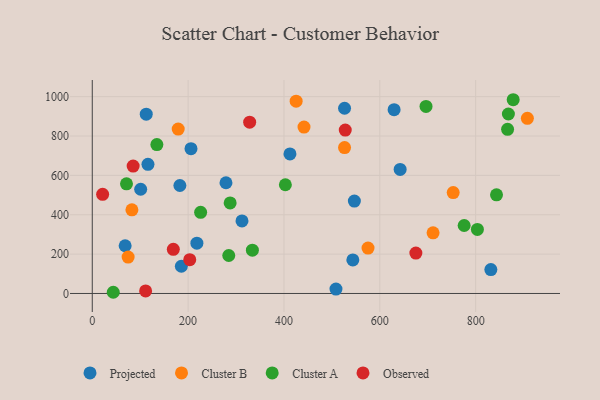
{"axis": {"x": "Study Hours", "y": "Exam Score"}, "legend": ["Cluster A", "Cluster B", "Observed", "Projected"], "data": [{"x": "112.6", "y": 911.0, "type": "Projected"}, {"x": "101.0", "y": 529.6, "type": "Projected"}, {"x": "412.5", "y": 708.8, "type": "Projected"}, {"x": "116.2", "y": 656.0, "type": "Projected"}, {"x": "546.9", "y": 469.6, "type": "Projected"}, {"x": "508.5", "y": 22.4, "type": "Projected"}, {"x": "68.6", "y": 242.4, "type": "Projected"}, {"x": "312.4", "y": 368.4, "type": "Projected"}, {"x": "526.4", "y": 941.0, "type": "Projected"}, {"x": "642.4", "y": 630.1, "type": "Projected"}, {"x": "629.8", "y": 933.9, "type": "Projected"}, {"x": "218.3", "y": 255.6, "type": "Projected"}, {"x": "831.7", "y": 121.5, "type": "Projected"}, {"x": "543.7", "y": 170.4, "type": "Projected"}, {"x": "182.8", "y": 548.6, "type": "Projected"}, {"x": "206.0", "y": 735.5, "type": "Projected"}, {"x": "185.9", "y": 138.4, "type": "Projected"}, {"x": "279.0", "y": 562.4, "type": "Projected"}, {"x": "526.4", "y": 741.0, "type": "Cluster B"}, {"x": "179.3", "y": 835.3, "type": "Cluster B"}, {"x": "907.9", "y": 889.8, "type": "Cluster B"}, {"x": "441.8", "y": 845.4, "type": "Cluster B"}, {"x": "575.4", "y": 230.5, "type": "Cluster B"}, {"x": "425.4", "y": 977.1, "type": "Cluster B"}, {"x": "74.8", "y": 184.8, "type": "Cluster B"}, {"x": "82.7", "y": 425.0, "type": "Cluster B"}, {"x": "711.1", "y": 308.1, "type": "Cluster B"}, {"x": "753.1", "y": 512.4, "type": "Cluster B"}, {"x": "226.1", "y": 412.5, "type": "Cluster A"}, {"x": "71.4", "y": 557.1, "type": "Cluster A"}, {"x": "334.1", "y": 219.9, "type": "Cluster A"}, {"x": "284.8", "y": 192.9, "type": "Cluster A"}, {"x": "868.3", "y": 911.8, "type": "Cluster A"}, {"x": "43.8", "y": 6.1, "type": "Cluster A"}, {"x": "803.6", "y": 325.2, "type": "Cluster A"}, {"x": "402.9", "y": 552.3, "type": "Cluster A"}, {"x": "696.4", "y": 950.1, "type": "Cluster A"}, {"x": "878.3", "y": 984.3, "type": "Cluster A"}, {"x": "134.8", "y": 756.2, "type": "Cluster A"}, {"x": "776.0", "y": 345.4, "type": "Cluster A"}, {"x": "287.7", "y": 459.9, "type": "Cluster A"}, {"x": "866.6", "y": 833.7, "type": "Cluster A"}, {"x": "843.5", "y": 501.4, "type": "Cluster A"}, {"x": "21.6", "y": 503.9, "type": "Observed"}, {"x": "203.4", "y": 171.5, "type": "Observed"}, {"x": "328.4", "y": 870.4, "type": "Observed"}, {"x": "85.3", "y": 647.3, "type": "Observed"}, {"x": "111.3", "y": 13.2, "type": "Observed"}, {"x": "675.2", "y": 205.0, "type": "Observed"}, {"x": "169.1", "y": 224.3, "type": "Observed"}, {"x": "527.9", "y": 830.3, "type": "Observed"}]}